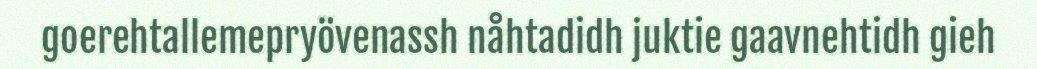
goerehtallemepryövenassh nåhtadidh juktie gaavnehtidh gieh